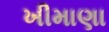
ખીમાણા